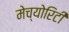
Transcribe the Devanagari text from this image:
मेच्योरिटी